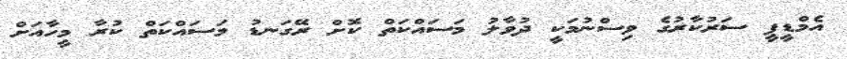
އެމްޑީޕީ ސަރުކާރުގެ ވިސްނުމަކީ ދުވާލު މަސައްކަތް ކޮށް ރޭގަނޑު މަސައްކަތް ކުރާ މީހާއަށް